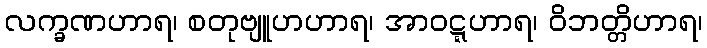
လက္ခဏဟာရ၊ စတုဗျူဟဟာရ၊ အာဝဋ္ဋဟာရ၊ ဝိဘတ္တိဟာရ၊